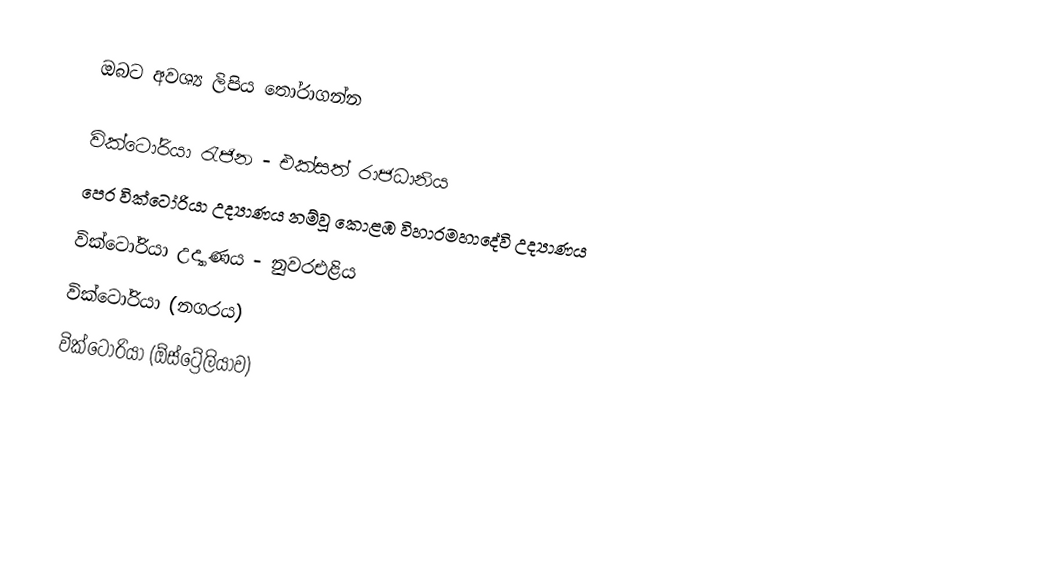
ඔබට අවශ්‍ය ලිපිය තෝරාගන්න

 වික්ටෝරියා රැජින - එක්සත් රාජධානිය
 පෙර වික්ටෝරියා උද්‍යාණය නම්වූ කොළඹ විහාරමහාදේවි උද්‍යාණය
 වික්ටෝරියා උද්‍යාණය - නුවරඑළිය
 වික්ටෝරියා (නගරය)
 වික්ටෝරියා (ඕස්ට්‍රේලියාව)